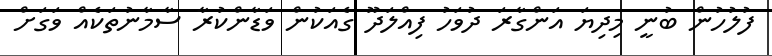
ފުލުހުން ބުނީ މިދިޔަ އަންގާރަ ދުވަހު ފިއްލަދޫ ގެއަކުން ވަޑާންކުރާ ސާމާނުތަކެއް ވަގަށް